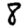
Digit: 8